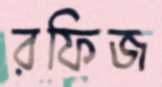
রফিজ